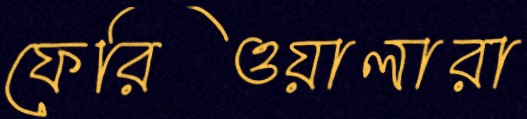
ফেরিওয়ালারা